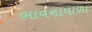
ભાવનાવાળા